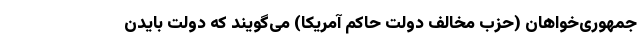
جمهوری‌خواهان (حزب مخالف دولت حاکم آمریکا) می‌گویند که دولت بایدن